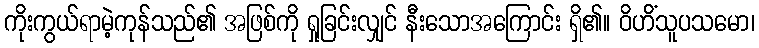
ကိုးကွယ်ရာမဲ့ကုန်သည်၏ အဖြစ်ကို ရှုခြင်းလျှင် နီးသောအကြောင်း ရှိ၏။ ဝိဟိံသူပသမော၊